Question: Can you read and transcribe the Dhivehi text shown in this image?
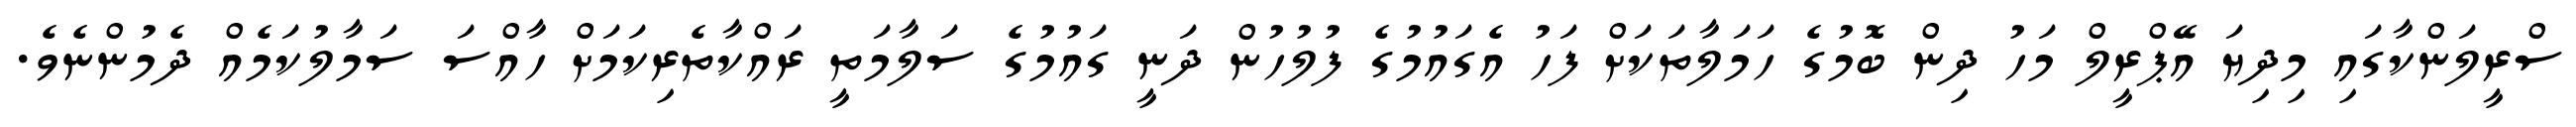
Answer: ސްރީލަންކާގައި މިދިޔަ އޭޕްރީލް މަހު ދިން ބޮމުގެ ހަމަލާތަކަށް ފަހު އެގައުމުގެ ފުލުހުން ދަނީ ގައުމުގެ ސަލާމަތީ ރައްކާތެރިކަމަށް ހާއްސަ ސަމާލުކަމެއް ދެމުންނެވެ.